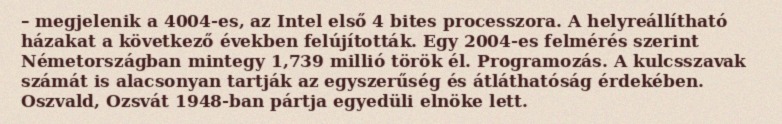
– megjelenik a 4004-es, az Intel első 4 bites processzora. A helyreállítható házakat a következő években felújították. Egy 2004-es felmérés szerint Németországban mintegy 1,739 millió török él. Programozás. A kulcsszavak számát is alacsonyan tartják az egyszerűség és átláthatóság érdekében. Oszvald, Ozsvát 1948-ban pártja egyedüli elnöke lett.